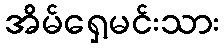
အိမ်ရှေ့မင်းသား